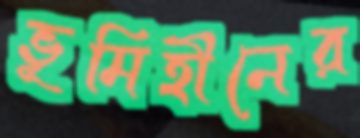
ভূমিহীনের